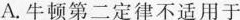
A.牛顿第二定律不适用于